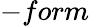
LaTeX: -form